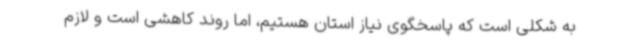
به شکلی است که پاسخگوی نیاز استان هستیم، اما روند کاهشی است و لازم